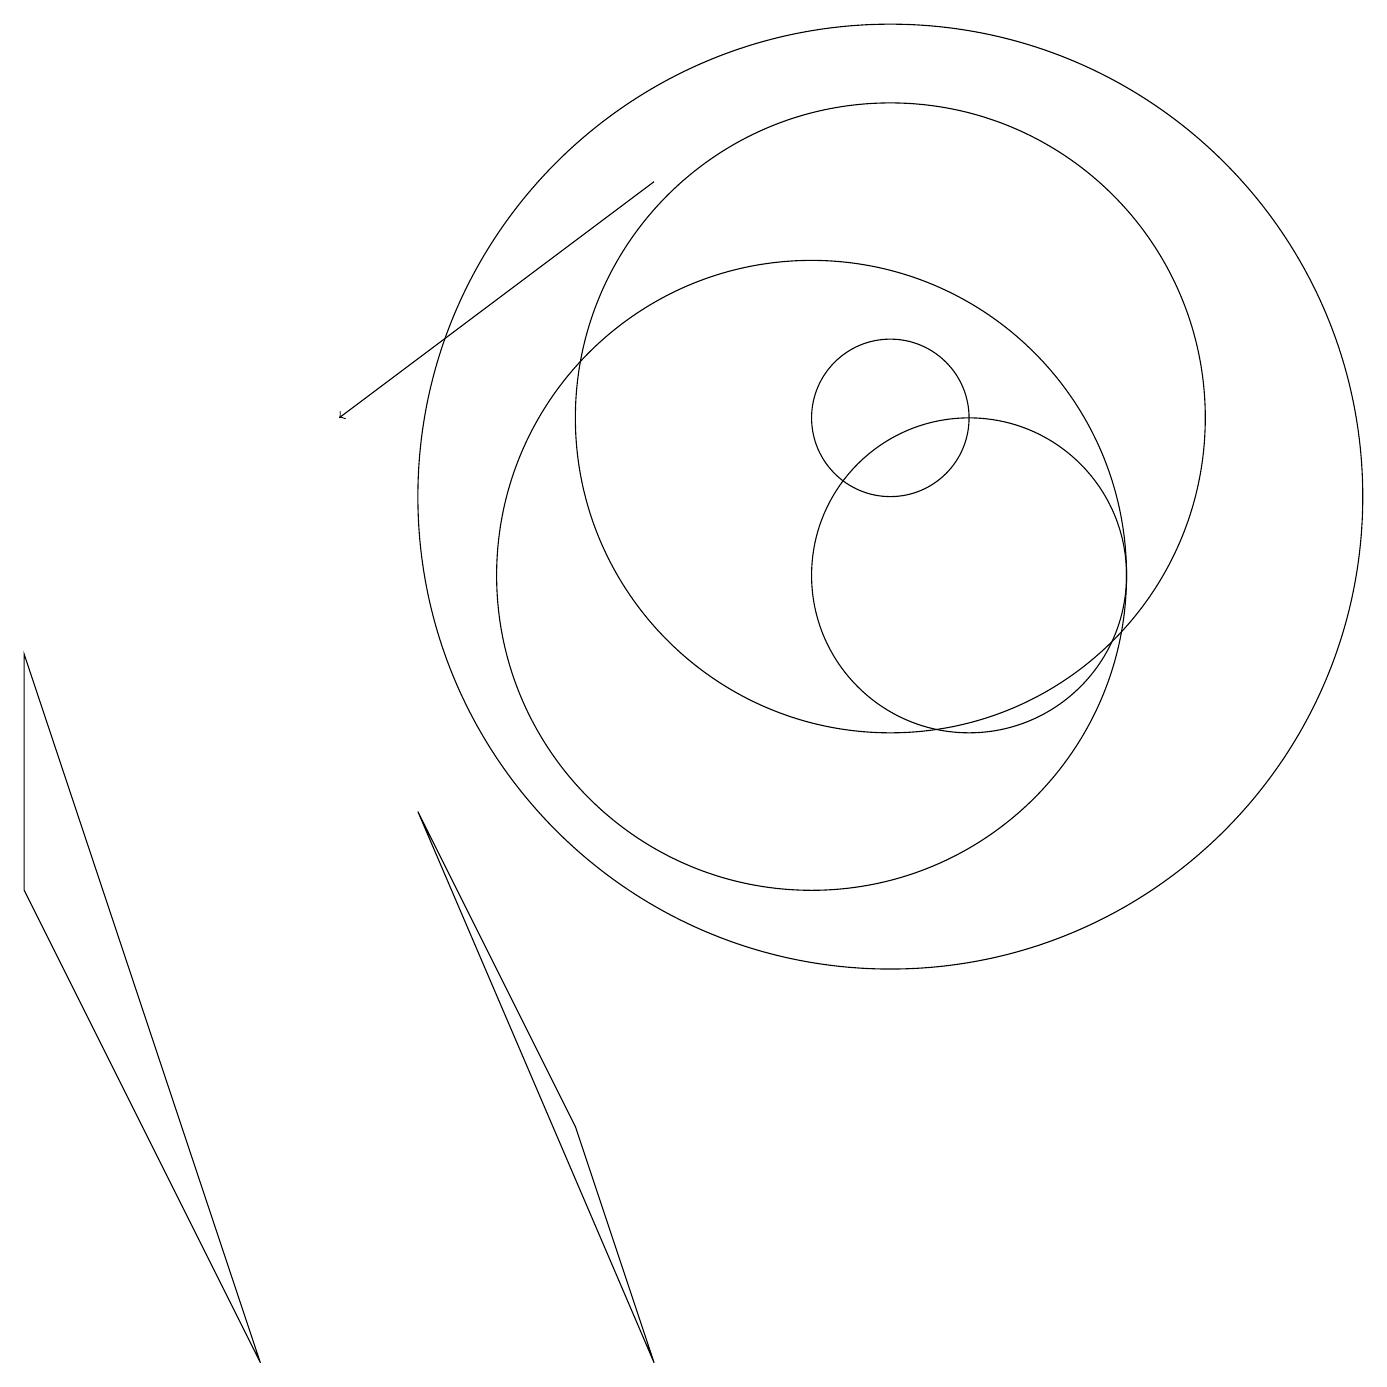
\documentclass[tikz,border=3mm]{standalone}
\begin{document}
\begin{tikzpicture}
\draw[->] (8,15) -- (4,12);
\draw (0,6) -- (0,9) -- (3,0) -- cycle;
\draw (5,7) -- (7,3) -- (8,0) -- cycle;
\draw (10,10) circle (4);
\draw (11,12) circle (1);
\draw (11,11) circle (6);
\draw (11,12) circle (4);
\draw (12,10) circle (2);
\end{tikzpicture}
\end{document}